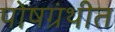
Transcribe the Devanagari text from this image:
पोषग्रंथीत